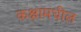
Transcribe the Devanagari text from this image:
कक्षामधील